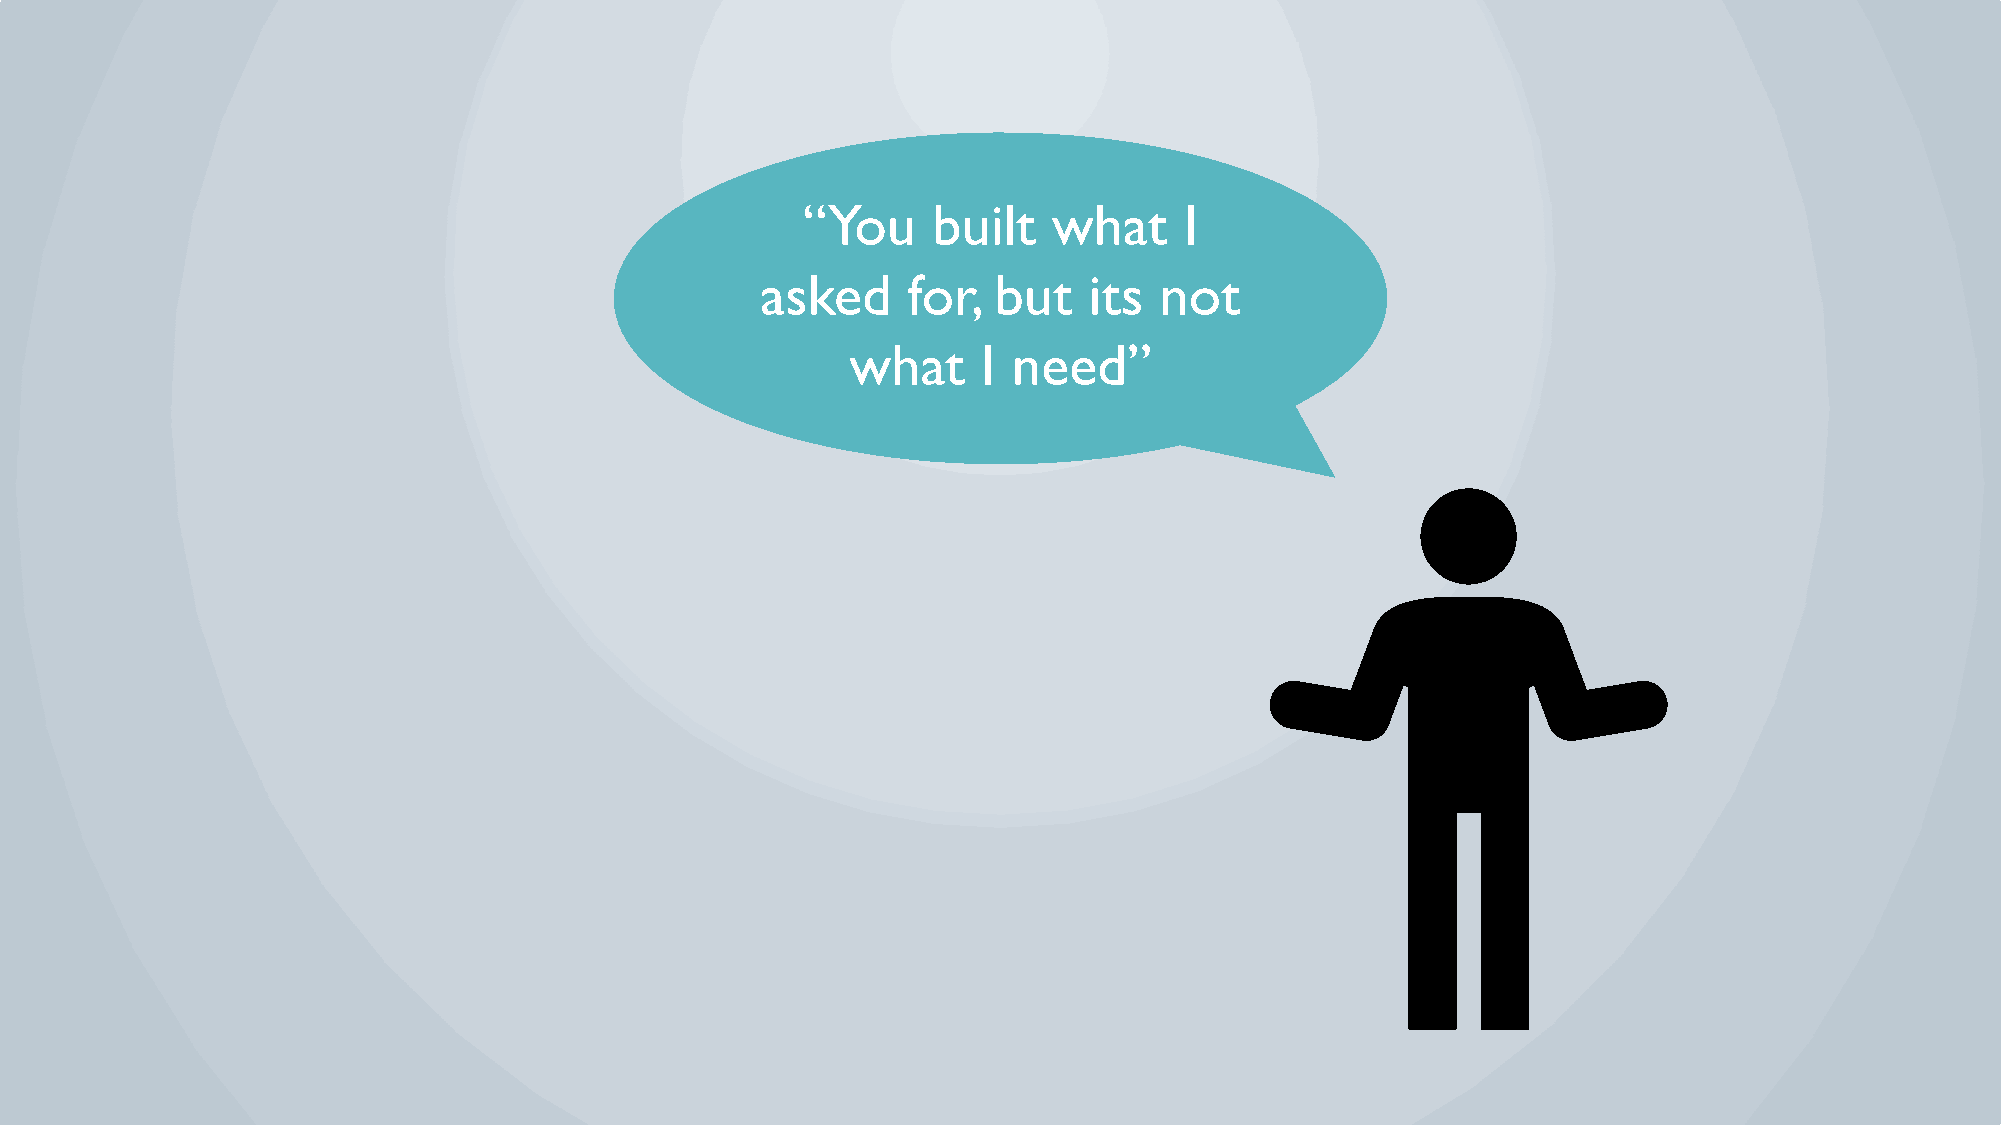
“You     built   what    I
 asked     for,  but   its  not
 what     I need”